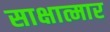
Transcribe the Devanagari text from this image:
साक्षात्मार